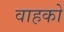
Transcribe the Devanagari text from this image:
वाहको